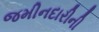
જમીનદારીની